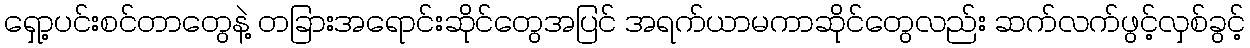
ရှော့ပင်းစင်တာတွေနဲ့ တခြားအရောင်းဆိုင်တွေအပြင် အရက်ယာမကာဆိုင်တွေလည်း ဆက်လက်ဖွင့်လှစ်ခွင့်